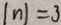
\vert n \vert = 3